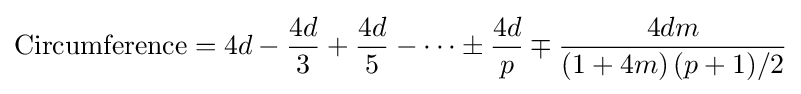
{\text{Circumference}}=4d-{\frac {4d}{3}}+{\frac {4d}{5}}-\cdots \pm {\frac {4d}{p}}\mp {\frac {4dm}{\left(1+4m\right)(p+1)/2}}